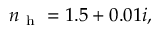
n _ { \mathrm { ~ h ~ } } = 1 . 5 + 0 . 0 1 i ,